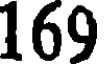
169